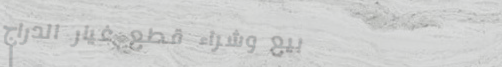
بيع وشراء قطع غيار الدراج